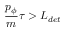
\frac { p _ { \phi } } { m } \tau > L _ { d e t }